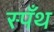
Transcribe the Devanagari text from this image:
स्पँथ